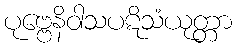
ပုဗ္ဗေနိဝါသပဋိသံယုတ္တာ